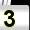
Digit: 3